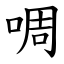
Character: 啁